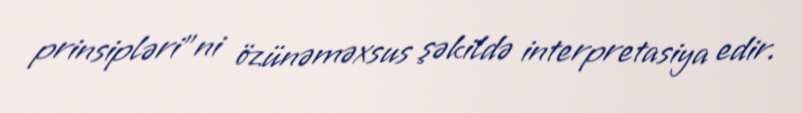
prinsipləri”ni özünəməxsus şəkildə interpretasiya edir.